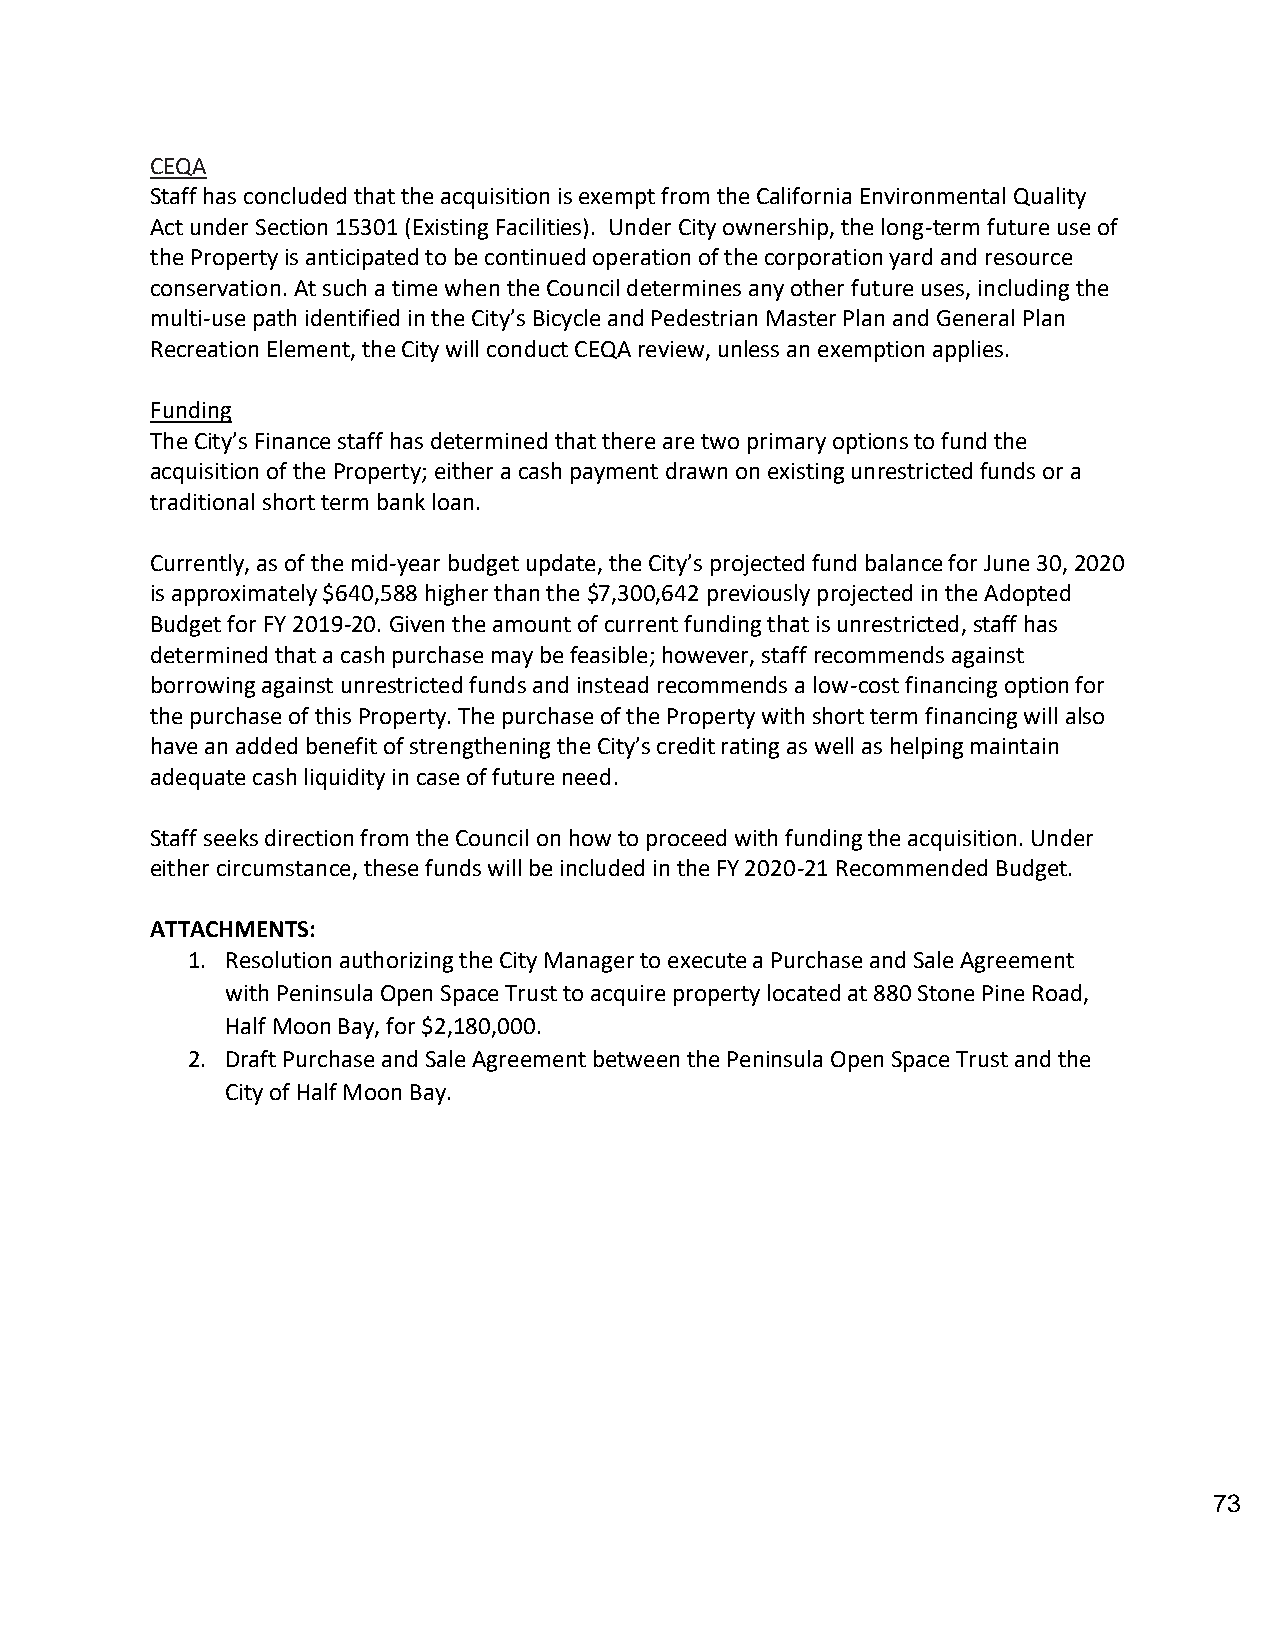
CEQA
 Staff has concluded that the acquisition is exempt from the California Environmental Quality
 Act under Section 15301 (Existing Facilities). Under City ownership, the long-term future use of
 the Property is anticipated to be continued operation of the corporation yard and resource
 conservation. At such a time when the Council determines any other future uses, including the
 multi-use path identified in the City’s Bicycle and Pedestrian Master Plan and General Plan
 Recreation Element, the City will conduct CEQA review, unless an exemption applies.
 Funding
 The City’s Finance staff has determined that there are two primary options to fund the
 acquisition of the Property; either a cash payment drawn on existing unrestricted funds or a
 traditional short term bank loan.
 Currently, as of the mid-year budget update, the City’s projected fund balance for June 30, 2020
 is approximately $640,588 higher than the $7,300,642 previously projected in the Adopted
 Budget for FY 2019-20. Given the amount of current funding that is unrestricted, staff has
 determined that a cash purchase may be feasible; however, staff recommends against
 borrowing against unrestricted funds and instead recommends a low-cost financing option for
 the purchase of this Property. The purchase of the Property with short term financing will also
 have an added benefit of strengthening the City’s credit rating as well as helping maintain
 adequate cash liquidity in case of future need.
 Staff seeks direction from the Council on how to proceed with funding the acquisition. Under
 either circumstance, these funds will be included in the FY 2020-21 Recommended Budget.
 ATTACHMENTS:
 1. Resolution authorizing the City Manager to execute a Purchase and Sale Agreement
 with Peninsula Open Space Trust to acquire property located at 880 Stone Pine Road,
 Half Moon Bay, for $2,180,000.
 2. Draft Purchase and Sale Agreement between the Peninsula Open Space Trust and the
 City of Half Moon Bay.
 73